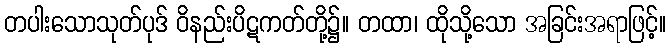
တပါးသောသုတ်ပုဒ် ဝိနည်းပိဋကတ်တို့၌။ တထာ၊ ထိုသို့သော အခြင်းအရာဖြင့်။